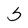
Character: S